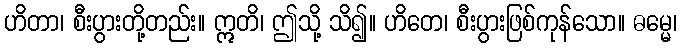
ဟိတာ၊ စီးပွားတို့တည်း။ ဣတိ၊ ဤသို့ သိ၍။ ဟိတေ၊ စီးပွားဖြစ်ကုန်သော။ ဓမ္မေ၊